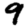
Digit: 9